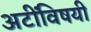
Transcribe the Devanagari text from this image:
अटींविषयी